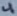
Text: 4